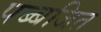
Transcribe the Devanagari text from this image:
पब्बजित